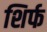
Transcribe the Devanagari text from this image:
शिर्फ